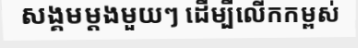
សង្គមម្តងមួយៗ ដើម្បីលើកកម្ពស់